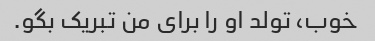
خوب، تولد او را برای من تبریک بگو.